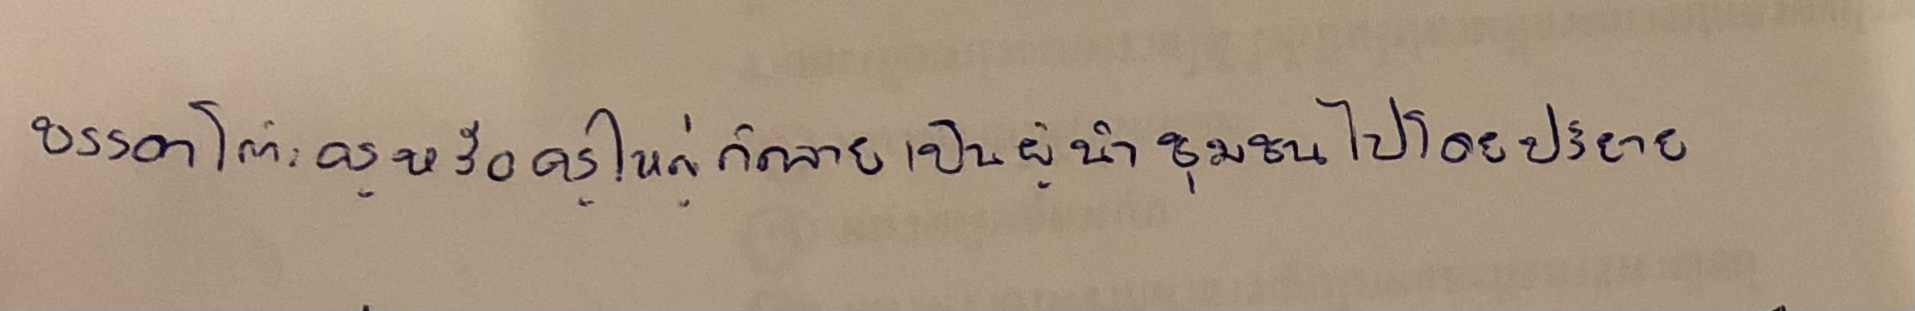
บรรดาโต๊ะครูหรือครูใหญ่ก็กลายเป็นผู้นำชุมชนไปโดยปริยาย